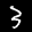
Label: 3